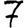
Digit: 7